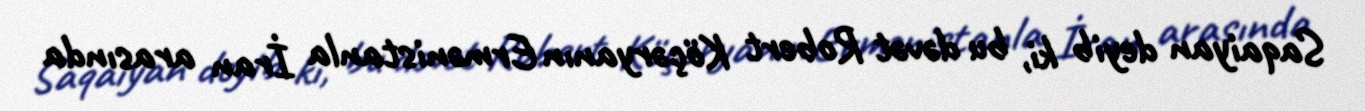
Saqaiyan deyib ki, bu dəvət Robert Köçəryanın Ermənistanla İran arasında